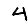
Digit: 4